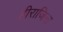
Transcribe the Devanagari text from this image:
हीराजिना